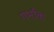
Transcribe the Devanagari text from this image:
गर्भाक